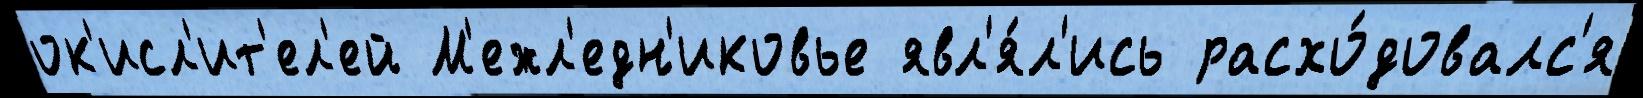
ок'исл'ит'ел'ей М'ежл'едн'иковье явл'я́л'ись расхо́довалс'я